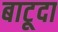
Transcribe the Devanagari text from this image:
बाटूदा